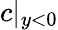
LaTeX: c|_{y<0}